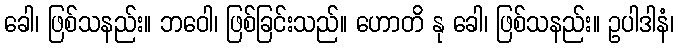
ခေါ၊ ဖြစ်သနည်း။ ဘဝေါ၊ ဖြစ်ခြင်းသည်။ ဟောတိ နု ခေါ၊ ဖြစ်သနည်း။ ဥပါဒါနံ၊